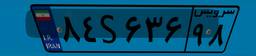
۸۷S۵۱۱۲۶